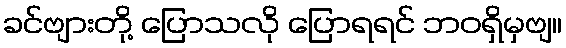
ခင်ဗျားတို့ ပြောသလို ပြောရရင် ဘဝရှိမှဗျ။